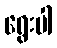
ရွေးပါ